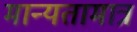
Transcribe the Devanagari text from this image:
मान्यतामात्र